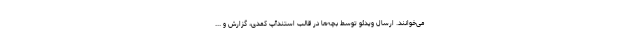
می‌خوانند. ارسال ویدئو توسط بچه‌ها در قالب استندآپ کمدی، گزارش و ...